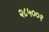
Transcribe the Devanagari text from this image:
२८५००१